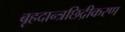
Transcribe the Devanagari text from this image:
बृहदान्त्रछिद्रीकरण